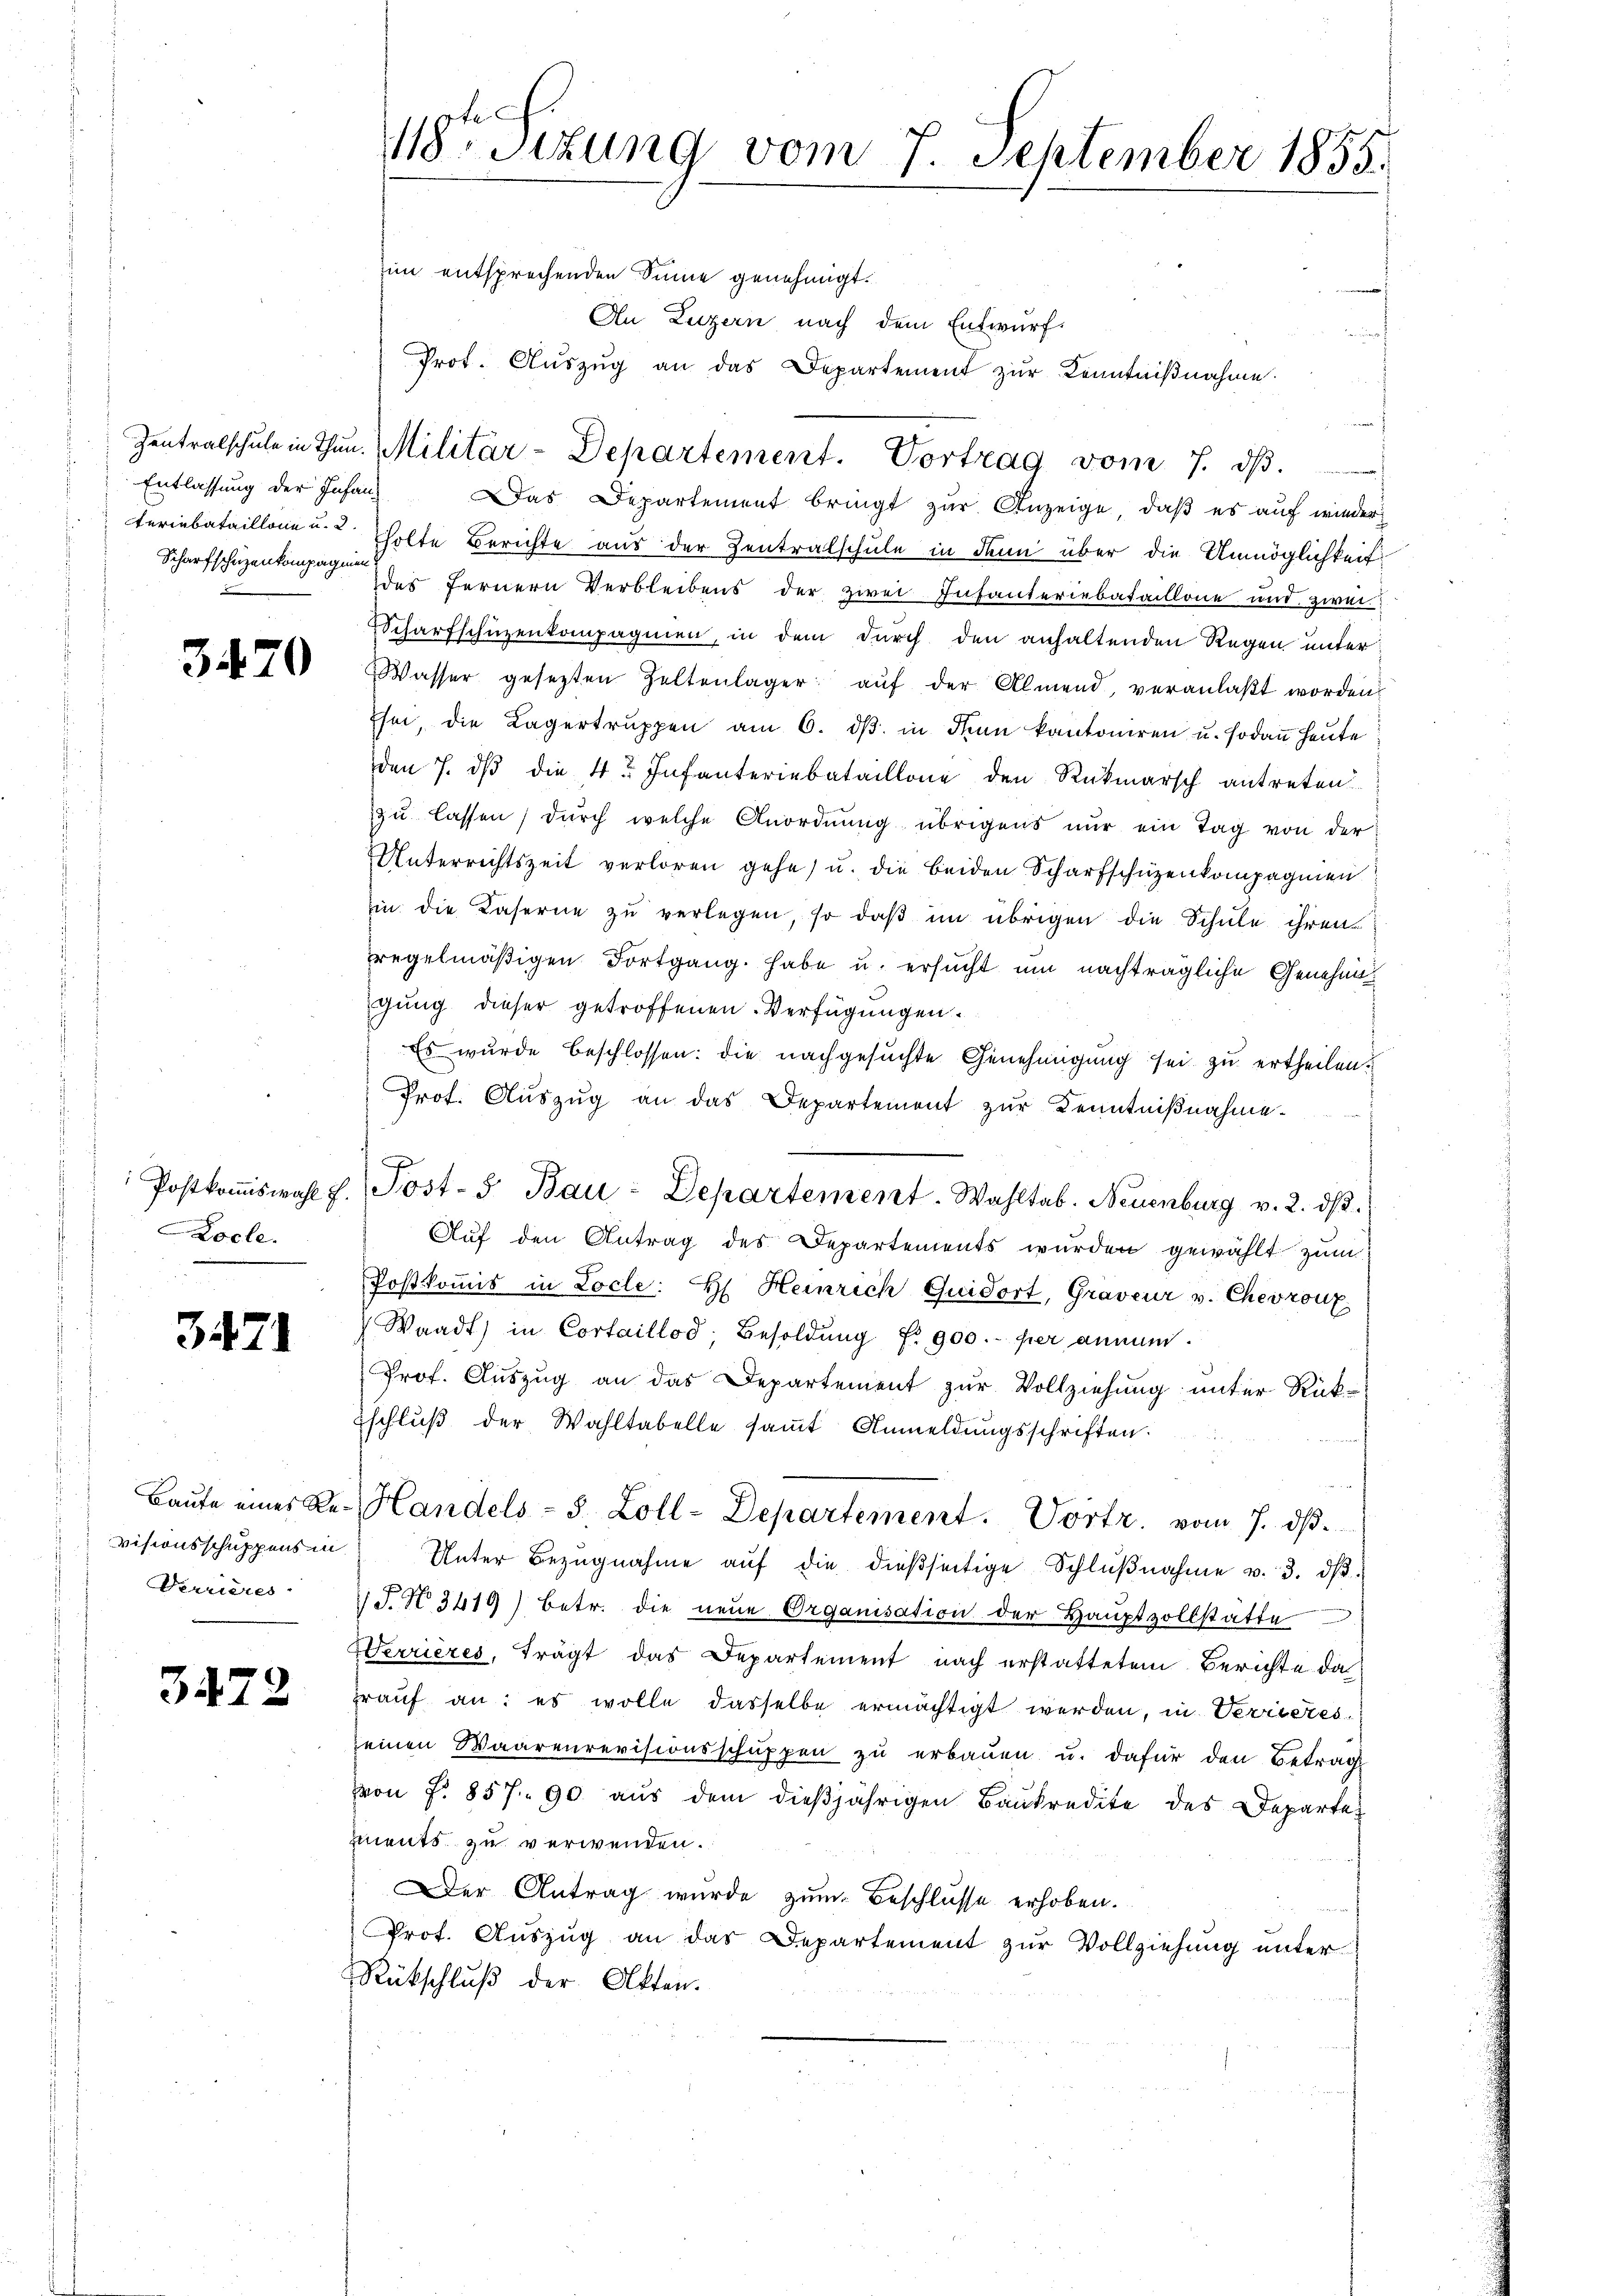
Entlassung der Infan-
teriebataillone u. 2.
Scharfschuzenkompagnien

3470

Postkommiswahl f.
Locle.

3471

Baute eines Revisionsschuppens in
Verrieres.

3472

18. Sitzung vom 7. September 1855.

im entsprechenden Sinne genehmigt.
An Luzern nach dem Entwurf.
Prot. Auszug an das Departement zur Kenntnißnahme.

Zentralschule in Thun. Militär-Departement. Vortrag vom 7. ds.       . . . . . . . . .
Das Departement bringt zŭr Anzeige, daβ es auf wieder
holte Berichte aus der Zentralschule in denn über die Unmöglichkeit
des fernern Verbleibens der zwei Infanteriebataillone und zwei
Scharfschuzenkompagnien, in dem durch den anhaltenden Regen unter
Wasser gesezten Zeltenlager aŭf der Almend, veranlaßt worden
Ihm, die Lagertruppen am 6. dβ in Fran kantoniren u. sodaṅ heute
den 7. dβ die 4 Infanteriebataillone den Rückmarsch antreten
zu lassen, durch welche Anordnung übrigens nur ein Tag von der
Unterrichtszeit verloren gehe, u. die beiden Scharfschüzenkompagnien
Ein die Kaserne zŭ verlegen, so daβ im übrigen die Schule ihren
regelmäßigen Fortgang habe u. ersucht um nachträgliche Genehmigung dieser getroffenen Verfügungen.
Es wurde beschlossen: die nachgesuchte Genehmigung sei zu ertheilen.
Prof. Auszug an das Departement zur Kenntnißnahme.
F
Sost-S. Bau-Departement. Wahltab. Neuenburg v. 2. ds.
Aŭf den Antrag des Departements wurden gewählt zum
Postkommis in Locle: H. Heinrich Quidort, Graveur v. Chevronz
Waadt) in Cortaillod, Besoldung Nr. 900.- per annun
Prof. Auszug an das Departement zur Vollziehung unter Rück-
schlŭβ der Wahltabelle saṁt Anmeldungsschriften.
Handels- 5 Zoll-Departement. Vortr. vom 7. dβ.
Unter Bezŭgnahme aŭf die dießseitige Schlŭβnahme v. 3. dβ
S.N 3419) betr. die neue Organisation der Hauptzollstätte
Verrieres, trägt das Departement nach erstattetem Berichte da
rauf an: es wolle dasselbe ermächtigt werden, in Verrieres
einen Waarenrevisionsschŭppen zŭ erbauen u. dafür den Betrag
von f. 857. 90 aŭs dem dieβjährigen Baŭkredite des Departe
ments zu verwenden.
Der Antrag wurde zum Beschlusse erhoben.
Prot. Auszug an das Departement zur Vollziehung unter
Rückschluß der Akten.